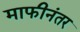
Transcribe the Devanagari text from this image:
माफीनंतर